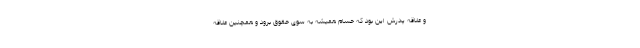
و علاقه پدرش این بود که حسام همیشه به سوی حقوق برود و همچنین علاقه